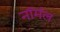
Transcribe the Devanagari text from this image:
नाॅर्मल